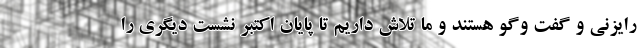
رایزنی و گفت وگو هستند و ما تلاش داریم تا پایان اکتبر نشست دیگری را